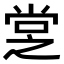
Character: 𡭿